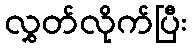
လွှတ်လိုက်ပြီး